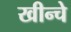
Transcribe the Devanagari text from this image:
खीन्चे